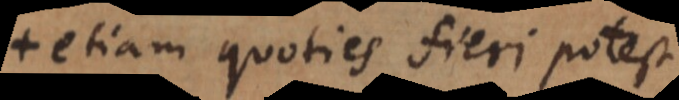
etiam quoties fieri potest,